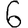
Digit: 6